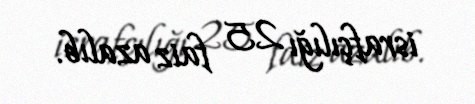
israfçılığı 25 faiz azalıb.